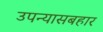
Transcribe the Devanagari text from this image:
उपन्यासबहार